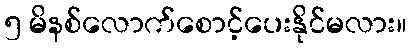
၅ မိနစ်လောက်စောင့်ပေးနိုင်မလား။